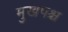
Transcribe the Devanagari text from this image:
मुखपश्च